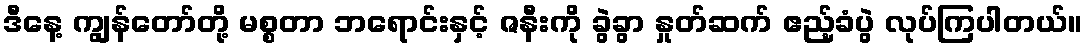
ဒီနေ့ ကျွန်တော်တို့ မစ္စတာ ဘရောင်းနှင့် ဇနီးကို ခွဲခွာ နှုတ်ဆက် ဧည့်ခံပွဲ လုပ်ကြပါတယ်။